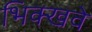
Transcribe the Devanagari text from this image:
भिक्खवे